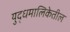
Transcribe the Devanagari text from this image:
युद्धमालिकेतील